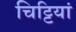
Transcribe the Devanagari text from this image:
चिट्टियां